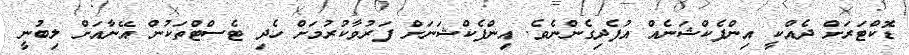
ޑޮކްޓަރަށް ދެއްކީ އިންފެކްޝަނެއް އުފެދިގެންނެވެ. އިންފެކްޝަނަށް ފަރުވާކުރުމަށް ހެދި ޓެސްޓްތަކުން އޭނާއަށް ލިބުނީ